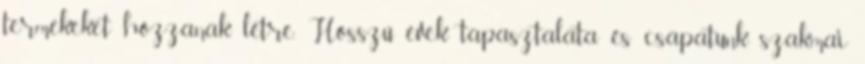
termékeket hozzanak létre. Hosszú évek tapasztalata és csapatunk szakmai